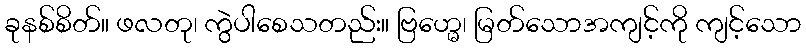
ခုနစ်စိတ်။ ဖလတု၊ ကွဲပါစေသတည်း။ ဗြဟ္မေ၊ မြတ်သောအကျင့်ကို ကျင့်သော